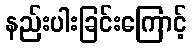
နည်းပါးခြင်းကြောင့်